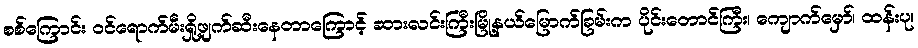
စစ်ကြောင်း ဝင်ရောက်မီးရှို့ဖျက်ဆီးနေတာကြောင့် ဆားလင်းကြီးမြို့နယ်မြောက်ခြမ်းက ပိုင်းတောင်ကြီး၊ ကျောက်မှော်၊ ထန်းပု၊